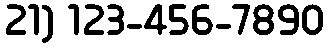
21) 123-456-7890